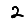
Digit: 2